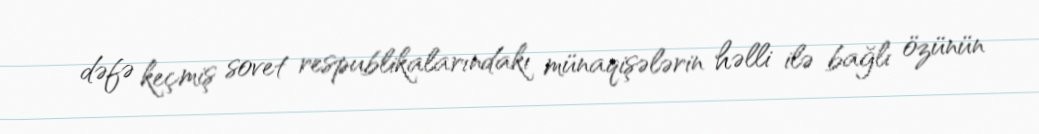
dəfə keçmiş sovet respublikalarındakı münaqişələrin həlli ilə bağlı özünün